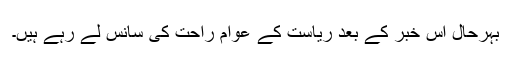
بہرحال اس خبر کے بعد ریاست کے عوام راحت کی سانس لے رہے ہیں۔